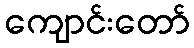
ကျောင်းတော်